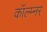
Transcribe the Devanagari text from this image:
कॉल्म्नर